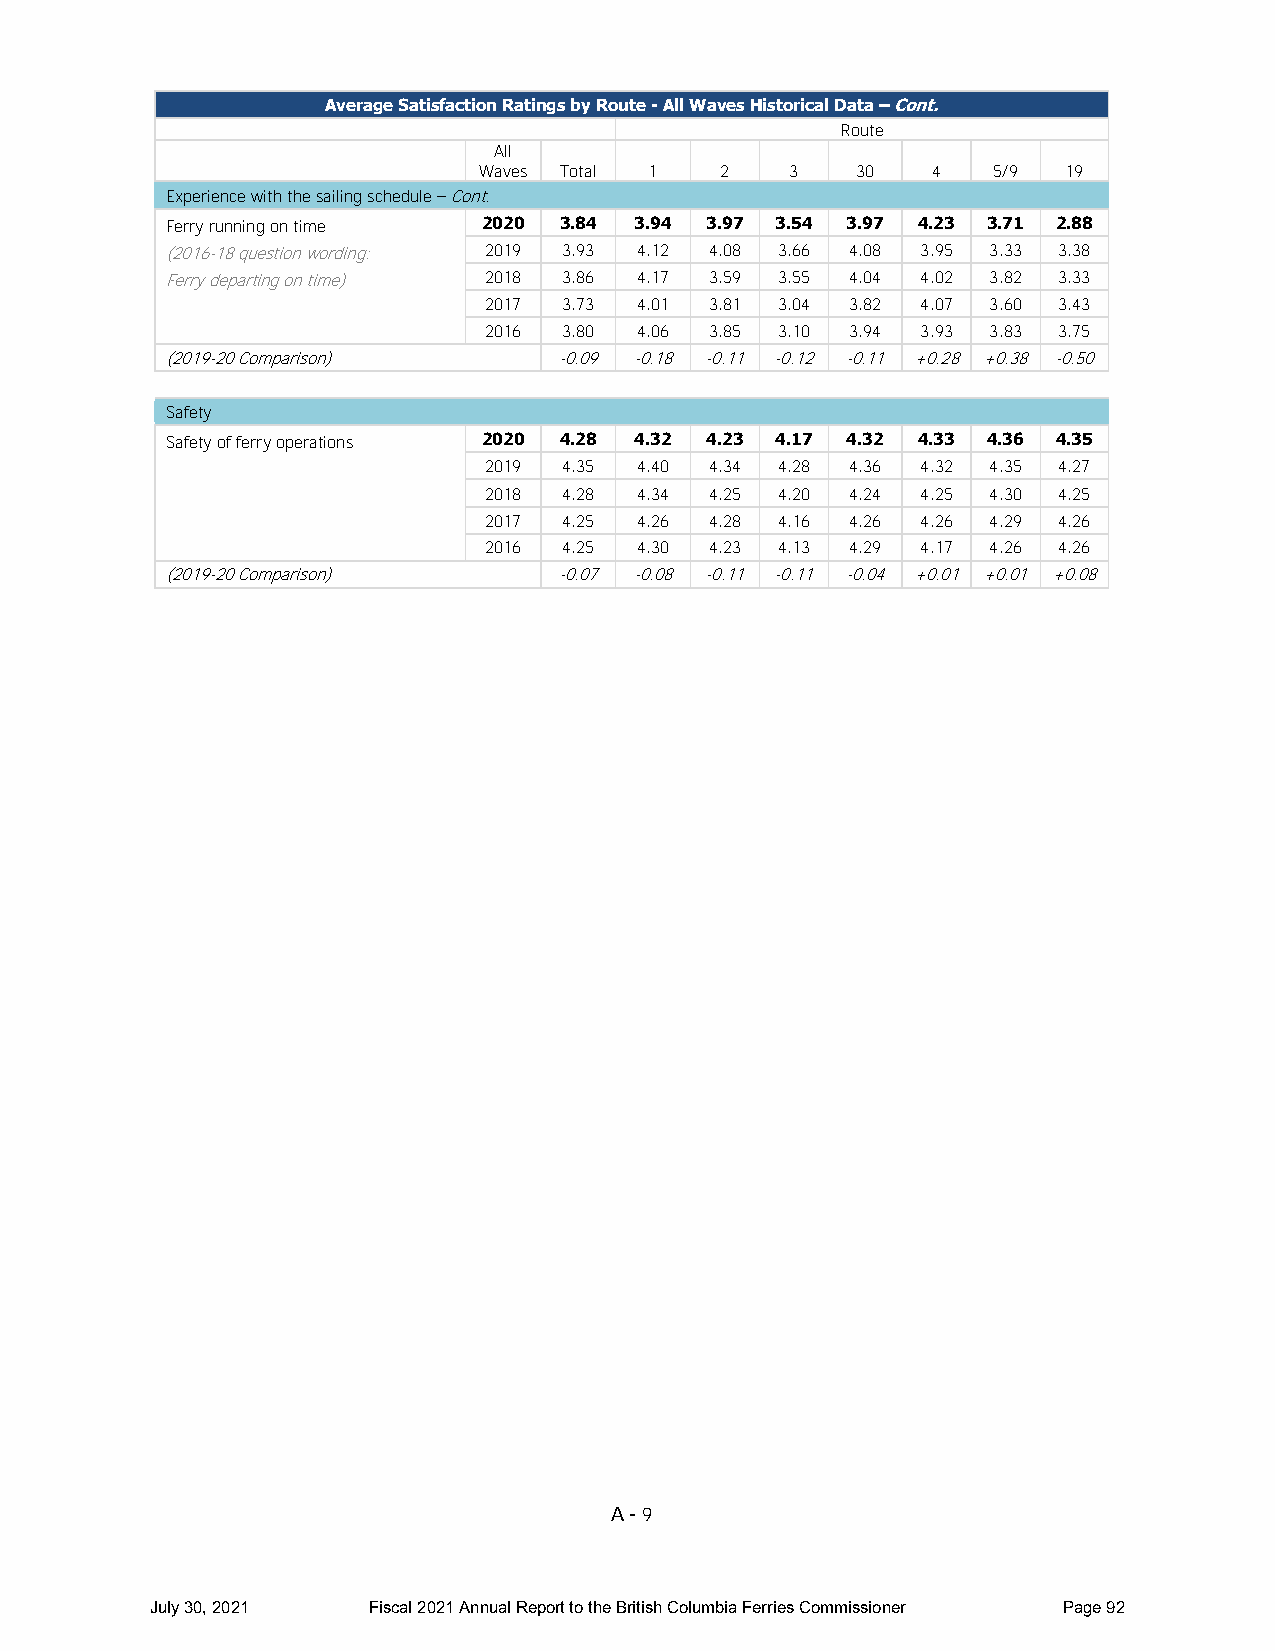
Average Satisfaction Ratings by Route - All Waves Historical Data – Cont.
 Route
 All
 Waves Total 1   2   3    30   4   5/9  19
 Experience with the sailing schedule – Cont.
 Ferry running on time 2020 3.8 4 3.9 4 3.9 7 3.5 4 3.9 7 4.2 3 3.7 1 2.8 8
 (2016-18 question wording: 2019 3.93 4.12 4.08 3.66 4.08 3.95 3.33 3.38
 Ferry departing on time) 2018 3.86 4.17 3.59 3.55 4.04 4.02 3.82 3.33
 2017 3.73 4.01 3.81 3.04 3.82 4.07 3.60 3.43
 2016 3.80 4.06 3.85 3.10 3.94 3.93 3.83 3.75
 ( 2019-20 Comparison)     -0.09 -0.18 -0.11 -0.12 -0.11 +0.28 +0.38 -0.50
 Safety
 Safety of ferry operations 2020 4.28 4.32 4.23 4.17 4.32 4.33 4.36 4.35
 2019 4.35 4.40 4.34 4.28 4.36 4.32 4.35 4.27
 2018 4.28 4.34 4.25 4.20 4.24 4.25 4.30 4.25
 2017 4.25 4.26 4.28 4.16 4.26 4.26 4.29 4.26
 2016 4.25 4.30 4.23 4.13 4.29 4.17 4.26 4.26
 ( 2019-20 Comparison)     -0.07 -0.08 -0.11 -0.11 -0.04 +0.01 +0.01 +0.08
 A - 9
 July 30, 2021 Fiscal 2021 Annual Report to the British Columbia Ferries Commissioner Page 92